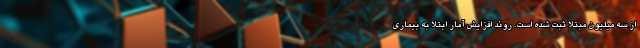
از سه میلیون مبتلا ثبت شده‌ است. روند افزایش آمار ابتلا به بیماری